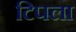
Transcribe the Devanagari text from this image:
टिपला